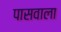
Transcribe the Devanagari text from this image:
पासवाला